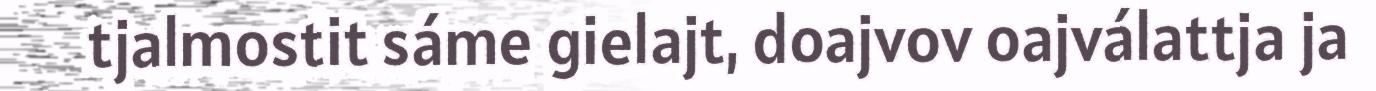
tjalmostit sáme gielajt, doajvov oajválattja ja